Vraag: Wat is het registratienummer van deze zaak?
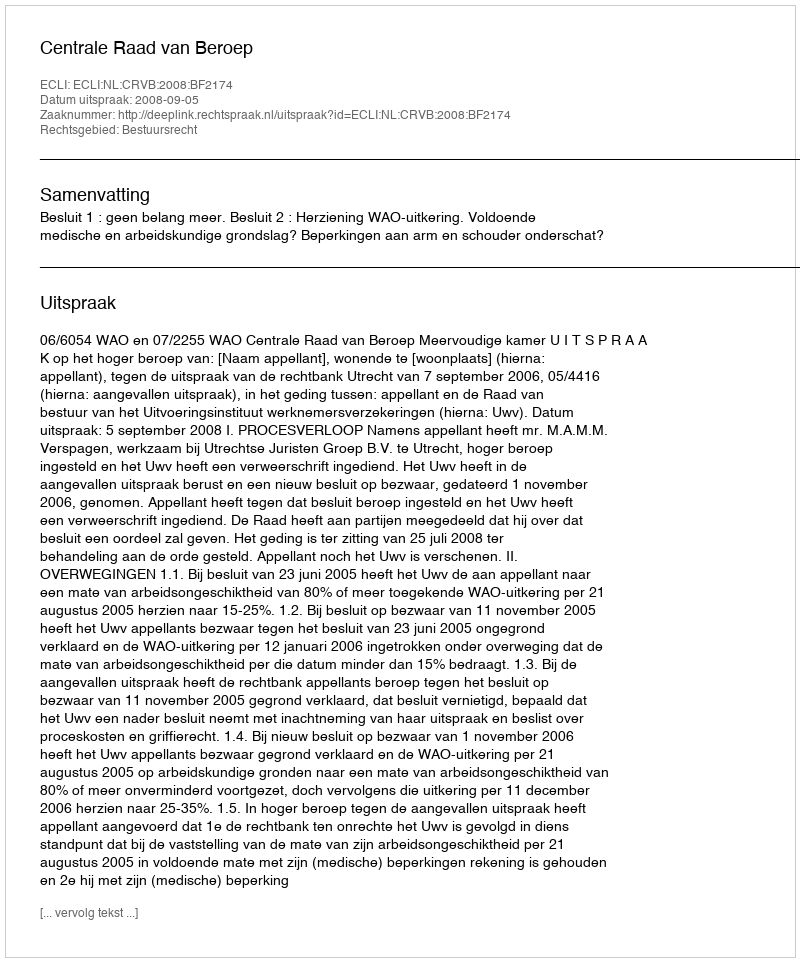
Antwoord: http://deeplink.rechtspraak.nl/uitspraak?id=ECLI:NL:CRVB:2008:BF2174